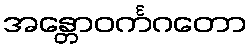
အန္တောဝင်္ကဂတော